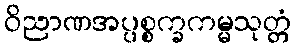
ဝိညာဏအပ္ပစ္စက္ခကမ္မသုတ္တံ